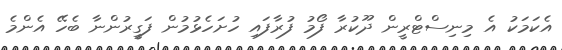
އެކަމަކު އެ މިނިސްޓްރީން ދޫކުރާ ފޯމު ފުރާފައި ހުށަހެޅުމުން ފަގީރުންނާ ބެހޭ އެންމެ